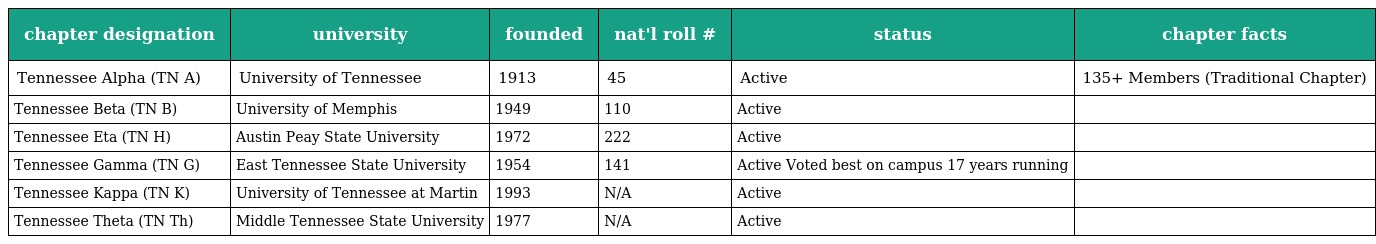
| chapter designation | university | founded | nat'l roll # | status | chapter facts |
 | --- | --- | --- | --- | --- | --- |
 | Tennessee Alpha (TN Α) | University of Tennessee | 1913 | 45 | Active | 135+ Members (Traditional Chapter) |
 | Tennessee Beta (TN B) | University of Memphis | 1949 | 110 | Active |  |
 | Tennessee Eta (TN H) | Austin Peay State University | 1972 | 222 | Active |  |
 | Tennessee Gamma (TN G) | East Tennessee State University | 1954 | 141 | Active Voted best on campus 17 years running |  |
 | Tennessee Kappa (TN K) | University of Tennessee at Martin | 1993 | N/A | Active |  |
 | Tennessee Theta (TN Th) | Middle Tennessee State University | 1977 | N/A | Active |  |